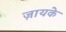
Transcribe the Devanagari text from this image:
ज़ायके